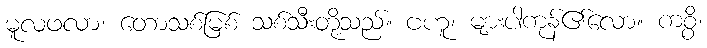
မူလဖလာ၊ တောသစ်မြစ် သစ်သီးတို့သည်။ ဗဟူ၊ များပါကုန်၏လော။ ကစ္စိ၊